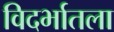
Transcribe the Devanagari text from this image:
विदर्भातला